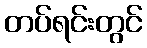
တပ်ရင်းတွင်